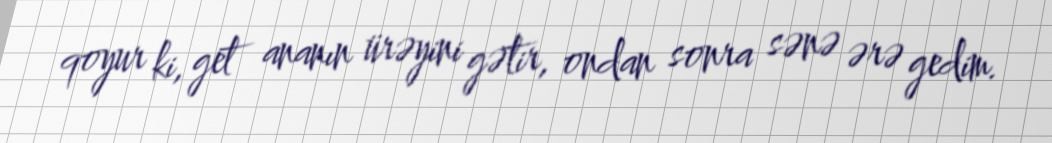
qoyur ki, get ananın ürəyini gətir, ondan sonra sənə ərə gedim.